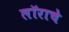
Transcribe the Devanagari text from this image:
लॉराचे